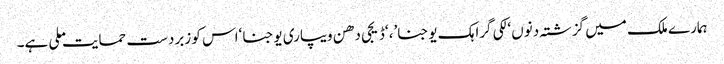
ہمارے ملک میں گزشتہ دنوں ‘لکی گراہک یوجنا’، ‘ڈیجی دھن ویپاری یوجنا ‘اس کو زبردست حمایت ملی ہے۔